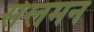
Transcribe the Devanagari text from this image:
सेलमन